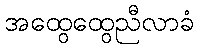
အထွေထွေညီလာခံ